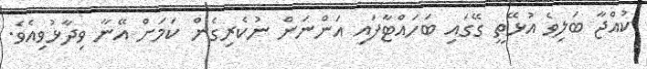
ކުއްޖާ ބަލިވެ އުޅޭތީ ގޭގައި ބަހައްޓާފައި އަންނަން ނުކެރިގެން ކަމަށް އޭނާ ވިދާޅުވިއެވެ.